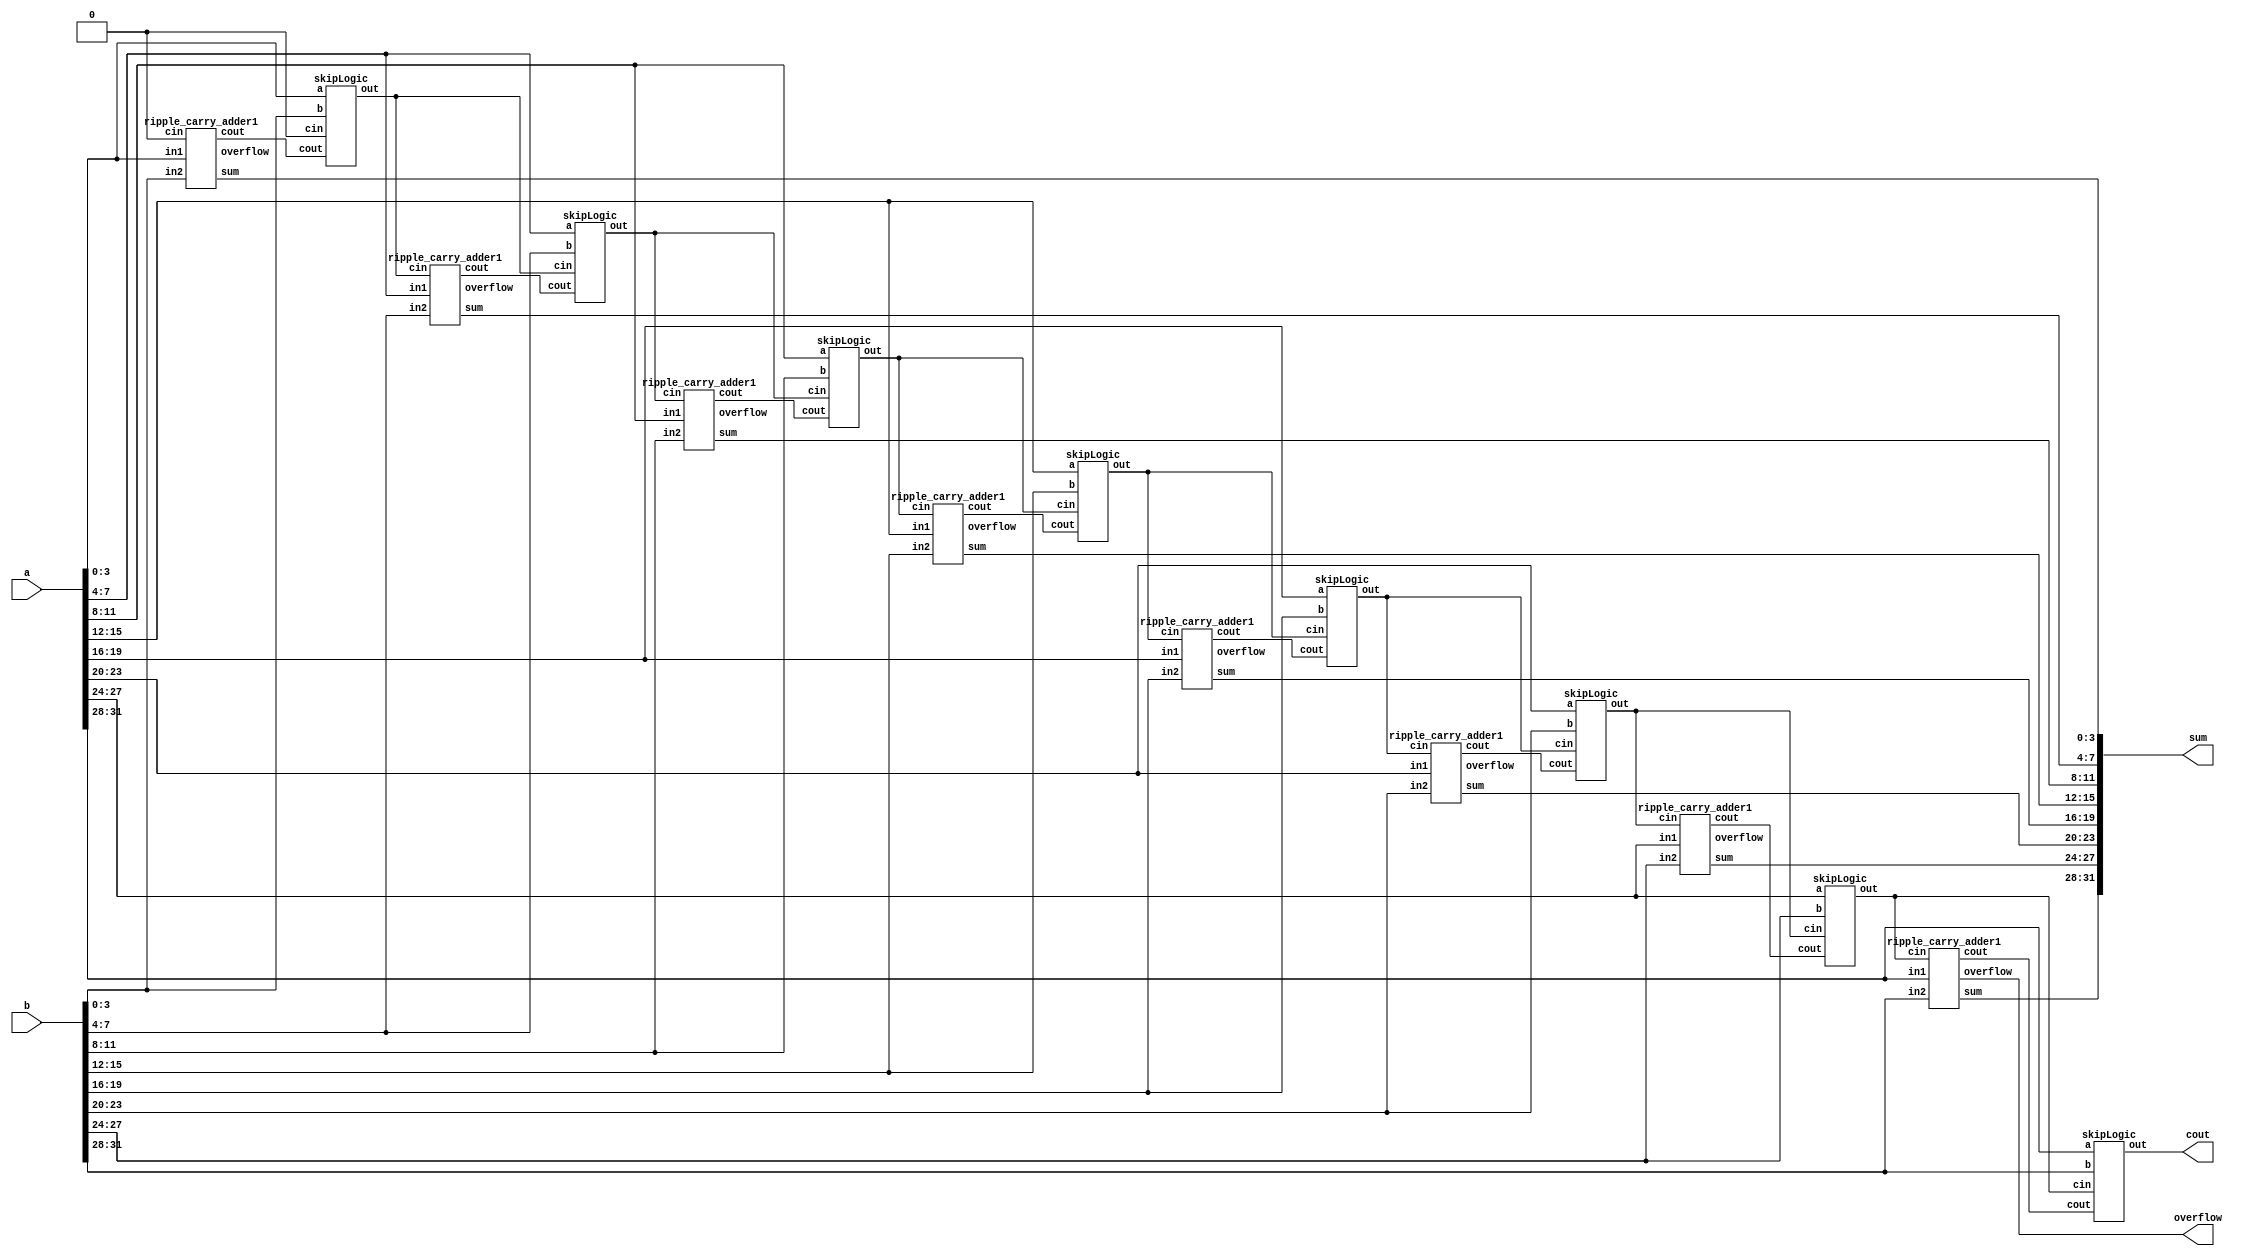
module CSA #(parameter N = 32)
(
		a,b,
		sum,cout,overflow
);
    	input [N-1:0] a,b;
    	output cout,overflow;
    	output [N-1:0] sum;

	wire [N/4-1:0]of;

	wire [N/4-1:0] couts;
	wire [N/4-2:0] temp;

	ripple_carry_adder1 rc0(a[3:0],b[3:0],1'b0,couts[0],sum[3:0],of[0]);
	ripple_carry_adder1 rc[N/4-1:1](a[N-1:4],b[N-1:4],temp[N/4-2:0],couts[N/4-1:1],sum[N-1:4],of[N/4-1:1]);

	skipLogic skip0(a[3:0],b[3:0],1'b0,couts[0],temp[0]);
	skipLogic skip[N/4-2:1](a[N-5:4],b[N-5:4],temp[N/4-3:0],couts[N/4-2:1],temp[N/4-2:1]);
	skipLogic skipFinal(a[N-1:N-4],b[N-1:N-4],temp[N/4-2],couts[N/4-1],cout);

	assign overflow=of[N/4-1];

endmodule


// the logic of getting the total propagation (selector of the mux)
module skipLogic #(parameter N=4)
(
		a,b,cin,cout,
		out
);
	input [N-1:0] a,b;
	input cin,cout;
	output out;

	wire [N-1:0] p;
	wire finalP;
	wire e;
	
	genvar i;
	for(i=0; i<N; i=i+1) begin
		assign p[i]= a[i] ^ b[i];
	end
	assign finalP= &p;

	mux21 skipMux(cout,cin,finalP,out);
endmodule

module mux21 (in1,in2,selector,out);
	input in1,in2,selector;
	output out;

	assign out = selector?in2 :in1;
endmodule

module ripple_carry_adder1 #(parameter N = 4)
(
    in1, in2,cin,
    cout,sum,overflow
);
    input cin;
    input [N-1:0] in1,in2;
    output cout,overflow;
    output [N-1:0] sum;

    wire [N:0] C;
    assign C[0] = cin;
    assign cout = C[N];

    genvar i;
    generate
        for(i =0; i<N; i = i+1)
        begin
            fa fa(
                .cin(C[i]),
                .in1(in1[i]),
                .in2(in2[i]),
                .sum(sum[i]),
                .cout(C[i+1])
            );
        end
    endgenerate
    assign overflow = C[N-1] ^ C[N];

endmodule

module fa (
    in1,in2,cin,sum,cout
);

    input in1,in2,cin;
    output sum,cout;

    assign sum = in1 ^ in2 ^ cin;
    assign cout = (in1 & in2) | (in2 & cin) | (in1 & cin);
endmodule